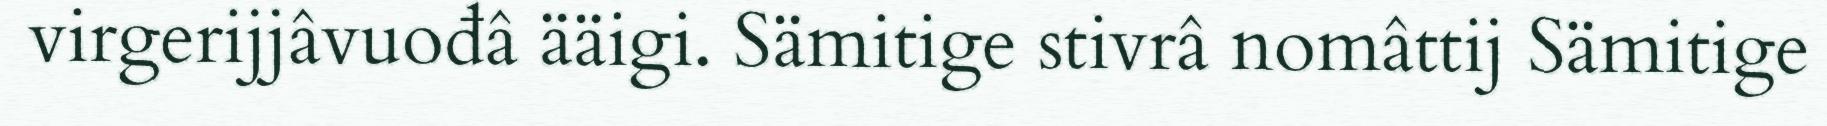
virgerijjâvuođâ ääigi. Sämitige stivrâ nomâttij Sämitige